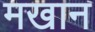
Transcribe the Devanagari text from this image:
मखान